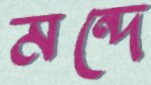
মন্দে